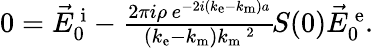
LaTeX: \begin{array}{r}{0=\vec{E}_{0}^{\mathrm{\, i}}-\frac{2\pi i\rho\, e^{-2i(k_{\mathrm{e}}-k_{\mathrm{m}})a}}{(k_{\mathrm{e}}-k_{\mathrm{m}})k_{\mathrm{m}}\, \! \! \, \! \, \, \! \, \, \! \! \, \! \, \, \! \! \, \! \! \, \! \, \, \! \! \, \! \! \, \! \, \, \! \, \, \! \! \, \! \, \, \! \! \, \! \! \, \! \, \, \! \, \, \! \! \, \! \, \, \! \, \, \! \! \, \! \, \, \! \! \, \! \! \, \! \, \, \! \, \, \! \! \, \! \, \, \! \, \, \! \! ^{2}}\, \! \! \, \! \, \, \! \, \, \! \! \, \! \, \, \! \! \, \! \! \, \! \, \, \! \! \, \! \! \, \! \, \, \! \, \, \! \! \, \! \, \, \! \! \, \! \! \, \! \, \, \! \, \, \! \! \, \! \, \, \! \! S(0)\vec{E}_{0}^{\mathrm{\, e}}.}\end{array}